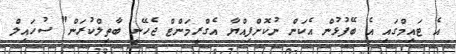
އެ ޓައިމްގައި އެ ބޭފުޅުން އެކަން ނުކޮށްފިއްޔާ އެގްރީމަންޓް ޖެހޭނީ ބާތިލްކުރަން" ސުހައިލް